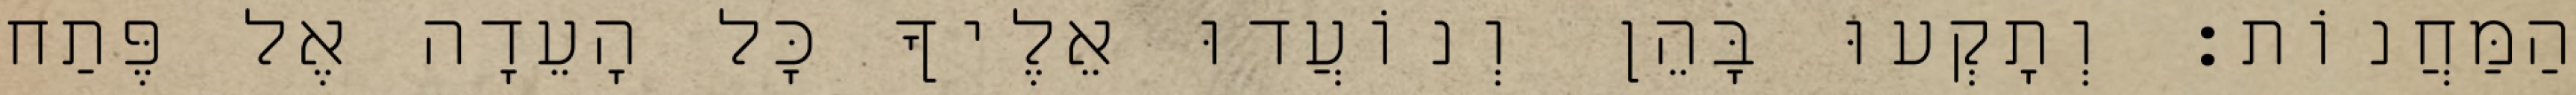
הַמַּחֲנוֹת׃ וְתָקְעוּ בָּהֵן וְנוֹעֲדוּ אֵלֶיךָ כָּל הָעֵדָה אֶל פֶּתַח